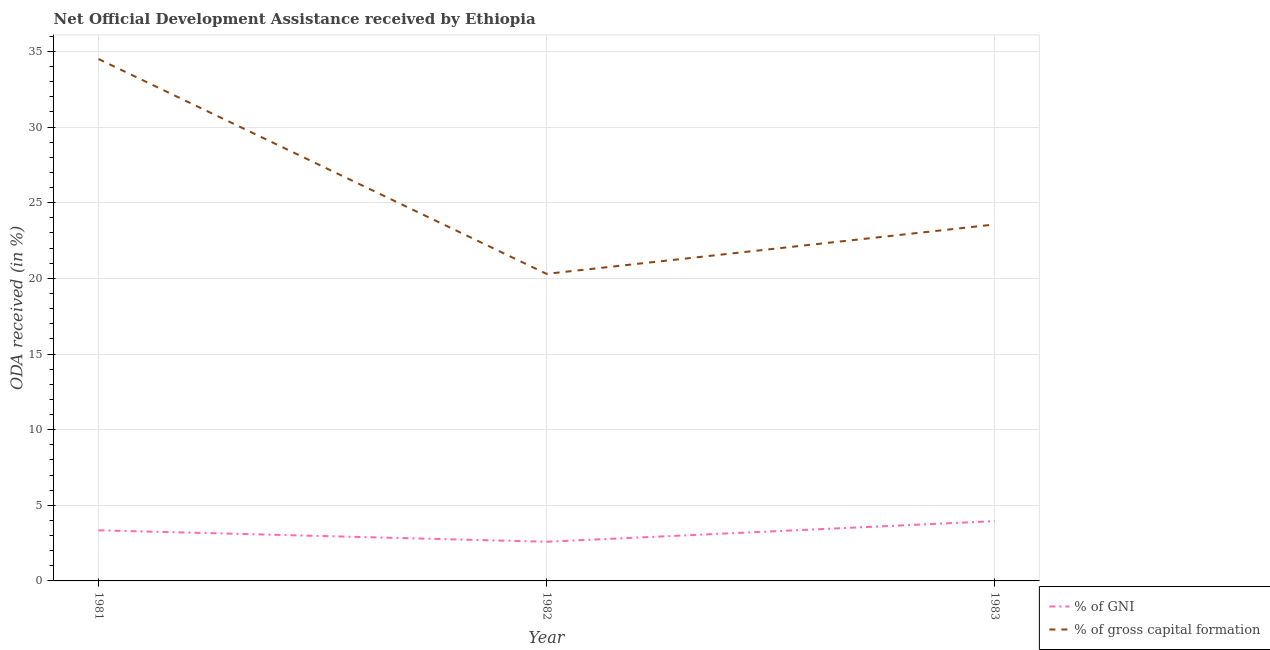
| Year | % of GNI | % of gross capital formation |
 | --- | --- | --- |
 | 1981 | 3.35 | 34.5 |
 | 1982 | 2.59 | 20.3 |
 | 1983 | 3.95 | 23.6 |